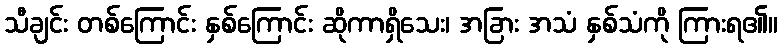
သီချင်း တစ်ကြောင်း နှစ်ကြောင်း ဆိုကာရှိသေး၊ အခြား အသံ နှစ်သံကို ကြားရ၏။